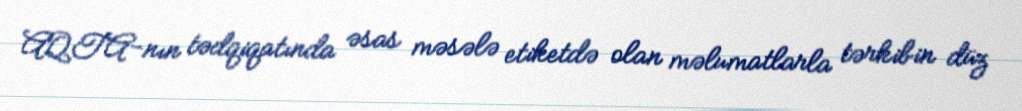
AQTA-nın tədqiqatında əsas məsələ etiketdə olan məlumatlarla tərkibin düz